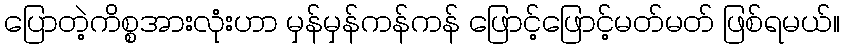
ပြောတဲ့ကိစ္စအားလုံးဟာ မှန်မှန်ကန်ကန် ဖြောင့်ဖြောင့်မတ်မတ် ဖြစ်ရမယ်။